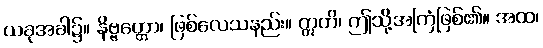
ယခုအခါ၌။ နိဗ္ဗတ္တော၊ ဖြစ်လေသနည်း။ ဣတိ၊ ဤသို့အကြံဖြစ်၏။ အထ၊